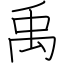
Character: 禹